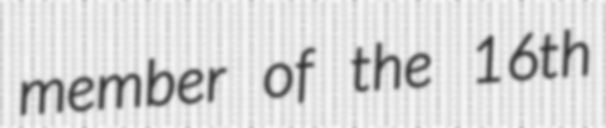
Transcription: member of the 16th